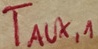
Text: TAUX,1